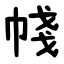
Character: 帴